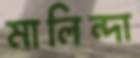
মালিন্দা